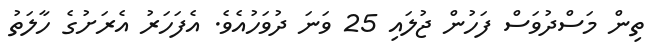
ތިން މަސްދުވަސް ފަހުން ޖުލައި 25 ވަނަ ދުވަހުއެވެ. އެފަހަރު އެރަށުގެ ހާލަތު